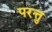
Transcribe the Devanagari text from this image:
परत्तु